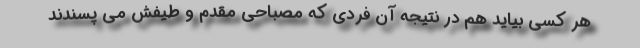
هر کسی بیاید هم در نتیجه آن فردی که مصباحی مقدم و طیفش می پسندند